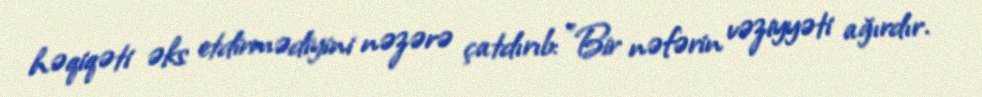
həqiqəti əks etdirmədiyini nəzərə çatdırıb: "Bir nəfərin vəziyyəti ağırdır.